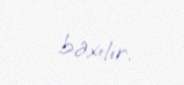
baxılır.